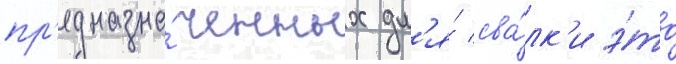
пр'едназна́ченных дл'я́ сва́лк'и э́то